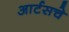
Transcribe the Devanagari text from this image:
आर्टसचे